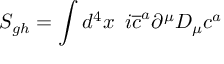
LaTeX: S _ { g h } = \int d ^ { 4 } x \, \, \, i \overline { { { c } } } ^ { a } \partial ^ { \mu } D _ { \mu } c ^ { a }